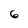
Character: 6